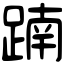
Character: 𨂾